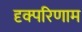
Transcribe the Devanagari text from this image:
दृक्परिणाम